King Institute of Preventive Medicine Micro-Biological Section reports 1909-11
Year: 1909
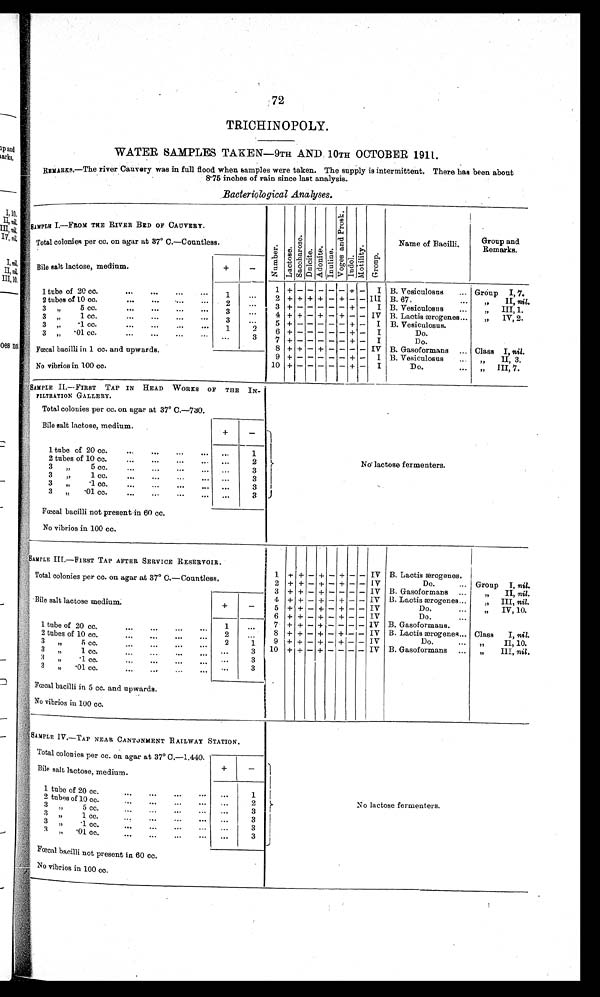
72
TRICHINOPOLY.
WATER SAMPLES TAKEN—9TH AND 10TH OCTOBER 1911.
REMARKS.—The river Cauvery was in full flood when samples were taken. The supply is intermittent. There has been about
8.75 inches of rain since last analysis.
Bacteriological Analyses.
SAMPLR I.—FROM THE RIVER BED OF CAUVERY.
N u m b e r .
L a c t o s e .
S a c c h a r o s e .
D u l c i t e .
A d o n i t e . I n u l i n e .
V o g e s a n d P r o s k .
I n d o l . M o t i l i t y .
G r o u p .
Name of
Bacilli.
Group an
d R e m a r k s .
Total colonies per cc. on agar at 37° C.—Countless.
Bile salt lactose, medium.
+
—
1 tube of 20 cc. . . .
1
. . .
1 + - - - - - + -
I B. Vesiculosus . . .
Group I, 7
.
2 + + + + - + - - III B. 67, . . .
" I I ,
n i l .
2 tubes of 10 cc. . . .
2
. . .
3 + - - - - - + -
I B. Vesiculosus . . .
" III, 1 .
3 " 5 cc. 3
. . .
4 + + - + - + - - IV B. Lactis æ ogenes . . . "
I V, 2.
3 " 1 cc. . . .
3
. . . 5 + - - - - - + -
I B. Vesiculosus . . .
3 " .1cc. . . .
1 2
6 + - - - - - + -
I
D o . . . .
3 " . 0 1 c c . . . .
. . .
3
7 + - - - - - + -
I
D o . . . .
8 + + - + - - - - IV B. Gasoformans . . . Class I, n i l .
o
Fœcal bacilli in 1 cc. and upwards.
9 + - - - - - + -
I B. Vesiculosus . . .
" II,
3 .
10 +
- - - - - + -
I
D o . . . .
" III, 7 .
No vibrios in 100 cc.
SAMPLE II.—FIRST TAP IN HEAD WORKS OF THE IN -
TILTRATION GALLERY.
No.lactose fermenters.
Total colonies per cc. on agar at 37° C.—730.
Bile salt lactose, medium.
+
-
1 tube of 20 cc. . . .
. . .
1
2 tubes of 10 cc. . . .
. . .
2
3 " 5 c c . . . .
. . .
3
3 " 1
cc. . . .
. . .
3
3 " .1 cc. . . .
. . .
3
3 " .01 cc. . . .
. . . 3
Fœcal bacilli not present in 60 cc.
No vibrios in 100 cc.
SAMPLE III.—FIRST TAP AFTER SERVICE RESERVOIR.
'
Total colonies per cc. on agar at 37° O.—Countless.
1 + +
- +
- +
- - IV B. Lactis œrogenes . . .
2 + + - + - + - - IV
Do. . . . Group I, nil.
3 + + - + - - - - IV B. Gasoformans . . .
" II, nil.
Bile salt lactose medium.
+
-
4
+ + - + - + - - IV B. Lactis œrogenes. . .
" III, nil.
5 + + - + - + - - I V
D o . . . .
" I V , 1 0 .
6
+ + - + - + - - IV
Do. . . .
7
+
- + - - - - IV B. Gasoformans . . .
1 tube of 20 cc. . . . 1
. . .
8
+ + - + - + - - IV B. Lactis ærogenes. . . Class I, nil.
2
. . .
2 tubes of 10 cc. . . .
9 + + - + - + - - I V
Do. . . . " II, 10.
2
1
3 " 5 cc. . . .
10 + + - + - - - - IV B. Gasoformans . . . „
III, nil,
3
3 " 1 cc. . . .
. . .
3 " .
1 cc . . . .
. . .
3
3
3 " .01 cc. . . .
. . .
Fœcal bacilli in 5 cc. and upwards.
No vibrios in 100 cc.
SAMPLE IV.—TAP NEAR CANTONMENT RAILWAY STATION.
No lactose fermenters.
Total colonies per cc. on agar at 37° C.—1.440.
+
-
Bile salt lactose, medium.
1 tube of 20 cc.. . .
. . .
1
2 tubes of 10 cc. . . .
. . .
2
3 " 5 cc.. . .
. . .
3
3 " 1 cc. . . .
. . . 3
3 " .1 cc. . . .
. . .
3
3 " .01
c c . . . .
. . .
3
Fœcal bacilli not present in 60 cc.
No vibrios in 100 cc.